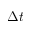
\Delta t